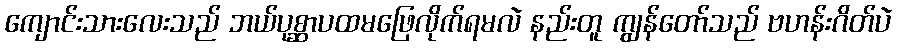
ကျောင်းသားလေးသည် ဘယ်ပုစ္ဆာပထမဖြေလိုက်ရမလဲ နည်းတူ ကျွန်တော်သည် ဗဟန်းဂိတ်ပဲ